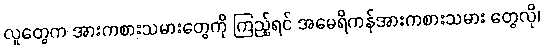
လူတွေက အားကစားသမားတွေကို ကြည့်ရင် အမေရိကန်အားကစားသမား တွေလို၊